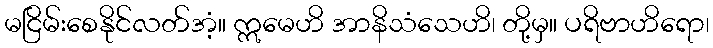
မငြိမ်းစေနိုင်လတ်အံ့။ ဣမေဟိ အာနိသံသေဟိ၊ တို့မှ။ ပရိဗာဟိရော၊